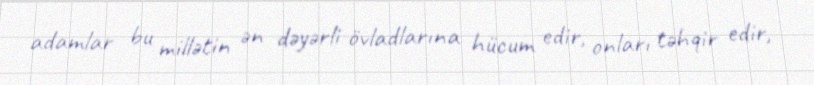
adamlar bu millətin ən dəyərli övladlarına hücum edir, onları təhqir edir,